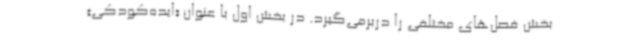
بخش فصل‌های مختلفی را دربرمی‌گیرد. در بخش اول با عنوان «ایده‌کودکی»